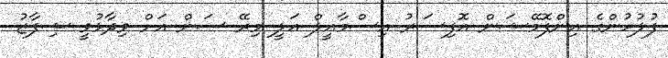
ފުލުހުންގެ އިންފޮމޭޝަން އޮފިސަރު އިސްމާއީލް އަލީ މިރޭ ސަން އަށް ވިދާޅުވީ ޝިފާޒު